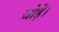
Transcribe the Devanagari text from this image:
जोड़ें।